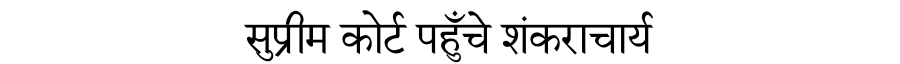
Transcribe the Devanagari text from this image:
सुप्रीम कोर्ट पहुँचे शंकराचार्य